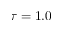
\tau = 1 . 0